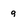
Character: g